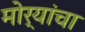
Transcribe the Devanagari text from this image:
मोर्‍यांचा